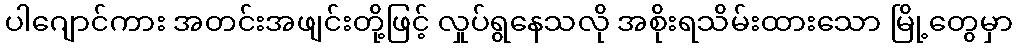
ပါဂျောင်ကား အတင်းအဖျင်းတို့ဖြင့် လှုပ်ရွနေသလို အစိုးရသိမ်းထားသော မြို့တွေမှာ